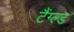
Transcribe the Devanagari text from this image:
टैंग्ल्ड